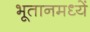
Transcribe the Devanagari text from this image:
भूतानमध्यें